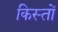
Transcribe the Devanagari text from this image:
किस्‍तों